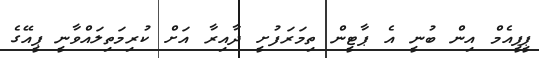
ޕީޕީއެމް އިން ބުނީ އެ ޕާޓީން ތިމަރަފުށީ ދާއިރާ އަށް ކުރިމަތިލައްވާނީ ޕީއޭގެ